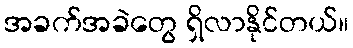
အခက်အခဲတွေ ရှိလာနိုင်တယ်။